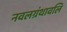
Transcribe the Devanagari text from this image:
नवलग्रंथावलि